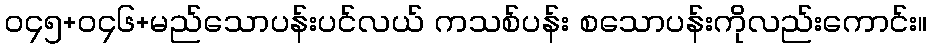
၀၄၅+၀၄၆+မည်သောပန်းပင်လယ် ကသစ်ပန်း စသောပန်းကိုလည်းကောင်း။